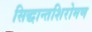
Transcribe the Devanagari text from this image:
सिद्धान्तशिरोमण